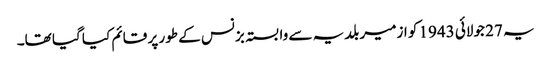
یہ 27 جولائی 1943 کو ازمیر بلدیہ سے وابستہ بزنس کے طور پر قائم کیا گیا تھا۔